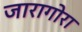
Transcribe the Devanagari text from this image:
जारागोरा